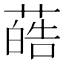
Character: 𫉢